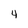
Character: 4